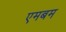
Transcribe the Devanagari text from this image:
एमबम